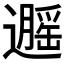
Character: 𬩡